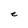
Character: e